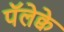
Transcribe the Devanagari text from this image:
पॅलेक्वे